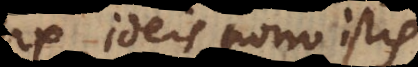
Ex ideis porro istis